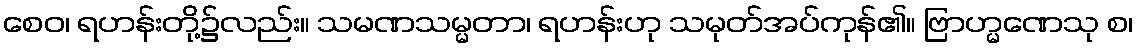
စေဝ၊ ရဟန်းတို့၌လည်း။ သမဏသမ္မတာ၊ ရဟန်းဟု သမုတ်အပ်ကုန်၏။ ဗြာဟ္မဏေသု စ၊